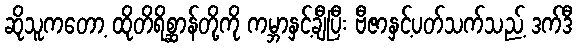
ဆိုသူကတော့ ထိုတိရိစ္ဆာန်တို့ကို ကမ္ဘာနှင့်ချီပြီး ဗီဇာနှင့်ပတ်သက်သည့် ဒက်ဒီ